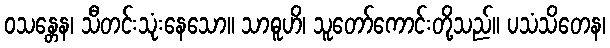
ဝသန္တေန၊ သီတင်းသုံးနေသော။ သာဓူဟိ၊ သူတော်ကောင်းတို့သည်။ ပသံသိတေန၊